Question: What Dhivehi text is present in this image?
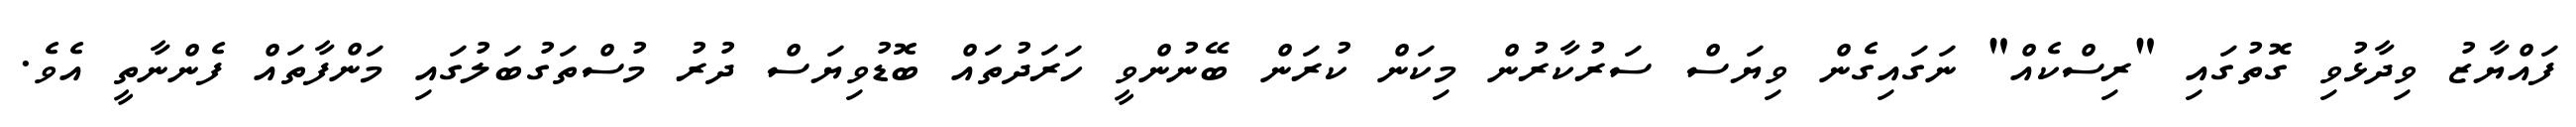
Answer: ފައްޔާޒު ވިދާޅުވި ގޮތުގައި "ރިސްކެއް" ނަގައިގެން ވިޔަސް ސަރުކާރުން މިކަން ކުރަން ބޭނުންވީ ހަރަދުތައް ބޮޑުވިޔަސް ދުރު މުސްތަގުބަލުގައި މަންފާތައް ފެންނާތީ އެވެ.